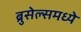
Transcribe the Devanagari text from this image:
ब्रुसेल्समध्ये